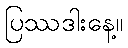
ပြဿဒါးနေ့။